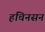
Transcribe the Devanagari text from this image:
हचिनसन